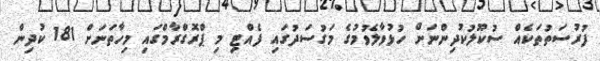
ފުރުސަތުތަކެއް ސުކޫލުކުދިންނަށް ހުޅުވާލެވުމުގެ މަގުސަދުގައި ފެއްޓި މި ޕްރޮގްރާމްގައި މިހާތަނަށް 181 ކުދިން